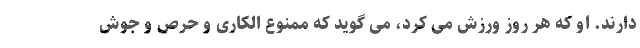
دارند. او که هر روز ورزش می کرد، می گوید که ممنوع الکاری و حرص و جوش